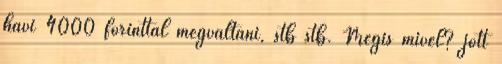
havi 4000 forinttal megváltani, stb stb. Mégis mivel? jött